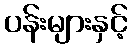
ပန်းများနှင့်